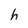
Character: h